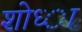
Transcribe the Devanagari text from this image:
शोध्ा